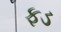
ફડ